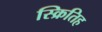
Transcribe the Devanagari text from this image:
स्क्रितिह